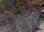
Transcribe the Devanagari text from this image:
अवू